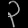
Digit: ၃